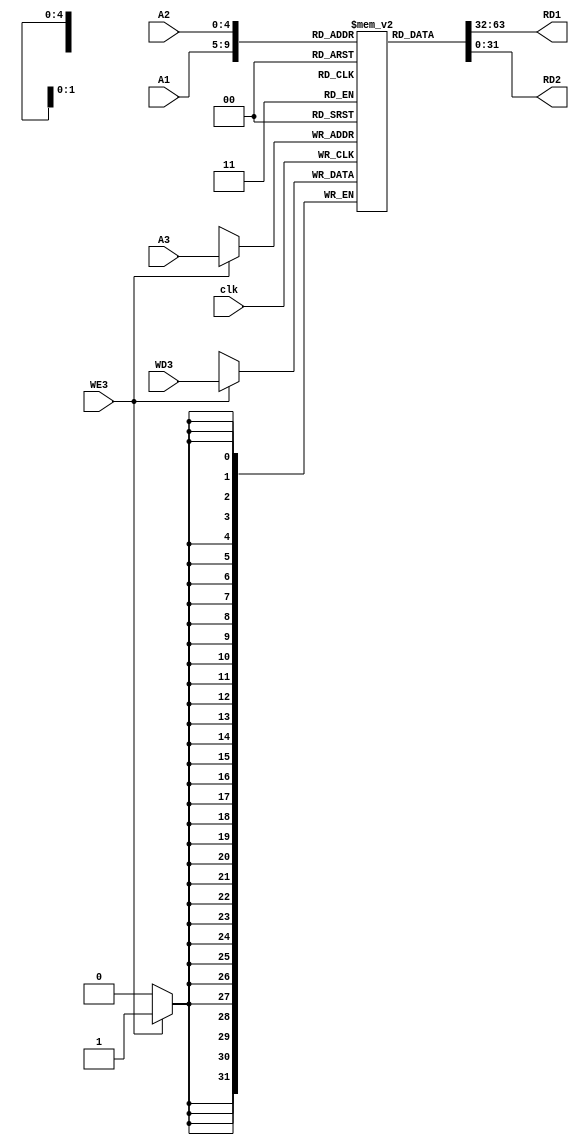
`timescale 1ns / 1ps
//////////////////////////////////////////////////////////////////////////////////
// Company: 
// Engineer: 
// 
// Design Name: 
// Module Name: RegFile
// Project Name: 
// Target Devices: 
// Tool Versions: 
// Description: 
// 
// Dependencies: 
// 
// Revision:
// Revision 0.01 - File Created
// Additional Comments:
// 
//////////////////////////////////////////////////////////////////////////////////


module RegFile
#(parameter ADD_WIDTH=5,DATA_WIDTH=32)
(
input [ADD_WIDTH-1:0] A1,A2,A3,
input [DATA_WIDTH-1:0]WD3,
input WE3,clk,
output [DATA_WIDTH-1:0] RD1,RD2
    );
    reg [DATA_WIDTH-1:0]reg_file[0:2 ** ADD_WIDTH -1];
    
    //initializing  $zero with 0x0000_0000 (Only simulation)
    initial
      reg_file[0]=0;

    //ports
    
    //write port
    
    
    always@(posedge clk)
    begin
       if(WE3==1)
         reg_file[A3]<=WD3;
    end
    
    //read ports
    
    assign RD1=reg_file[A1];
    assign RD2=reg_file[A2];
    
    
endmodule